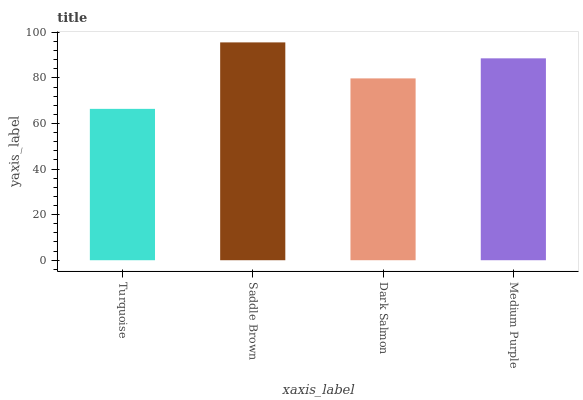
| xaxis_label | bars |
 | --- | --- |
 | Turquoise | 66.4 |
 | Saddle Brown | 95.6 |
 | Dark Salmon | 79.8 |
 | Medium Purple | 88.6 |